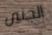
الجنين